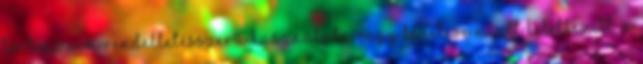
történő nem rendeltetésszerű használata vagy kezelése miatt keletkezett. A